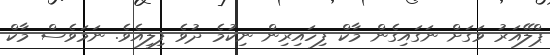
ޕްލޭއަރު ވަގަށް ނަގައިގެން މާކް ފިހައިރިން ނިކުމެ ދުވެ ފިލިއެވެ. ނަމަވެސް މާކް